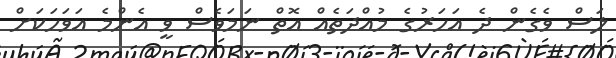
ލަސް ވެގެން ދެ އަހަރުގެ މުއްދަތެއް އޮތް ނަމަވެސް ވީ އެންމެ އަވަހަަކަށް